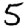
Digit: 5